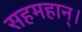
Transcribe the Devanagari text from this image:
सहमहान्।